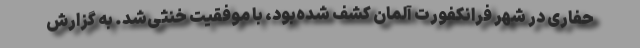
حفاری در شهر فرانکفورت آلمان کشف شده‌بود، با موفقیت خنثی‌شد. به گزارش